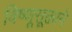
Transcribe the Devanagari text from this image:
विष्णूसूक्ताने